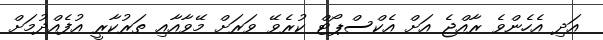
އަދި އެހެންވެ ރާއްޖެ އަށް އެކްސްޕޯޓް ކުރެވޭ ވަރަށް މޭވާއާއި ތަރުކާރީ އުފެއްދުމަށް